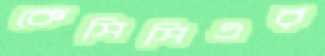
কেসিসিএর